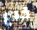
خدع